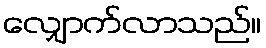
လျှောက်လာသည်။